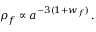
{ \rho } _ { f } \propto a ^ { - 3 ( 1 + w _ { f } ) } \, .